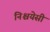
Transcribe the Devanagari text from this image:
निश्चयेसी